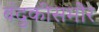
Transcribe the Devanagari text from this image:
बंदुकीसमोर